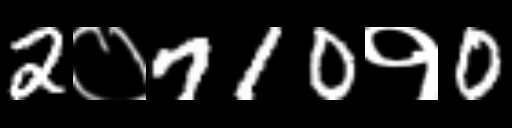
Text: 2०710१0